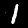
Digit: 1